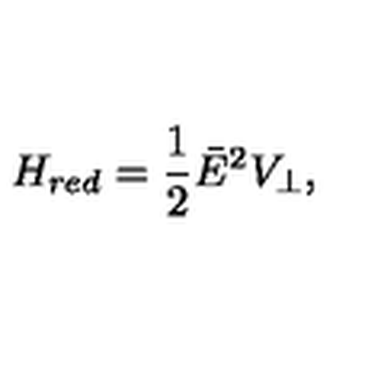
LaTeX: H _ { r e d } = \frac { 1 } { 2 } \bar { E } ^ { 2 } V _ { \perp } ,